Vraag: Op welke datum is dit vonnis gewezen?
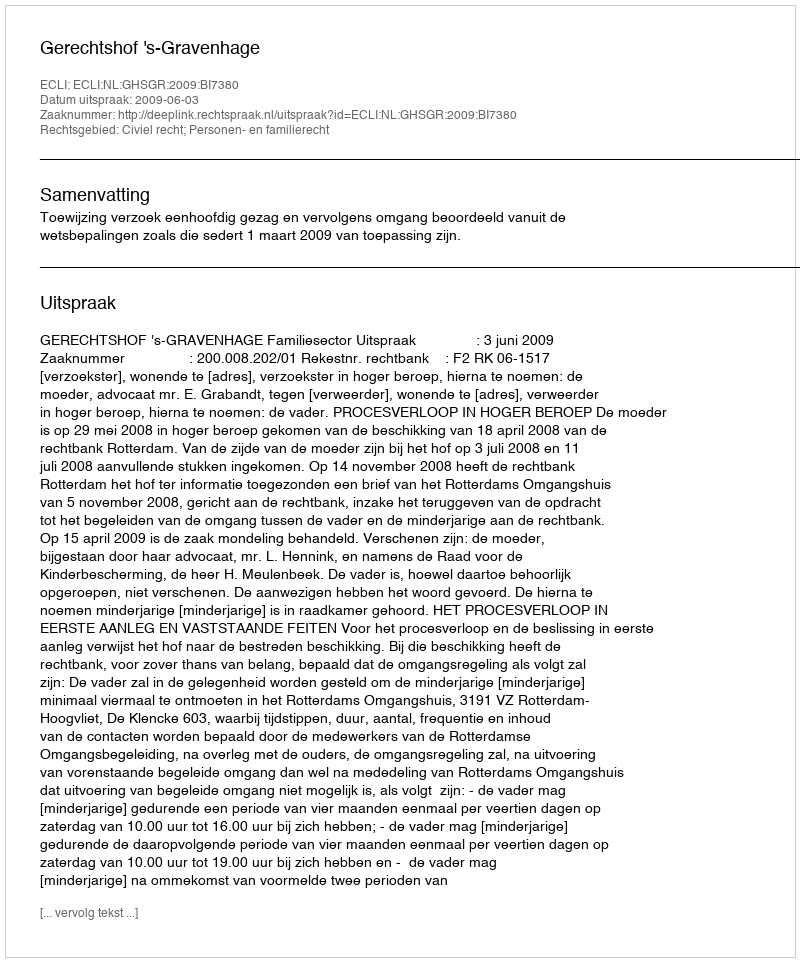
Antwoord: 2009-06-03